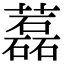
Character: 藞